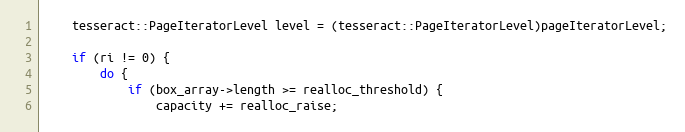
Language: C++
    tesseract::PageIteratorLevel level = (tesseract::PageIteratorLevel)pageIteratorLevel;

    if (ri != 0) {
        do {
            if (box_array->length >= realloc_threshold) {
                capacity += realloc_raise;